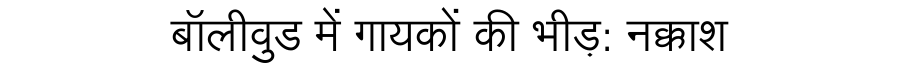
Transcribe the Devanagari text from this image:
बॉलीवुड में गायकों की भीड़: नक्काश